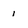
Character: 1